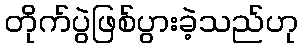
တိုက်ပွဲဖြစ်ပွားခဲ့သည်ဟု